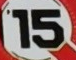
15